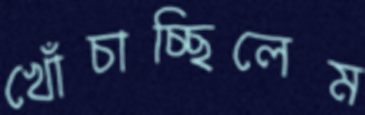
খোঁচাচ্ছিলেম